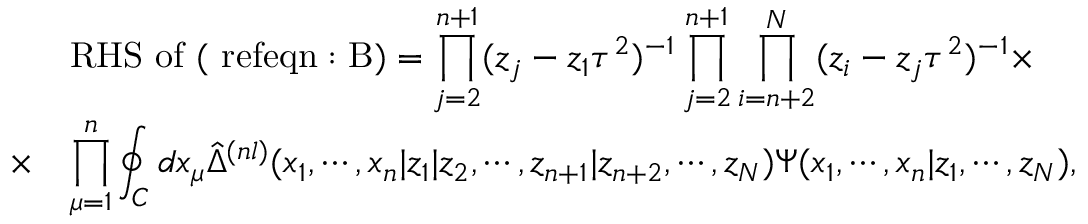
\begin{array} { r l } { { } } & { { \mathrm { R H S ~ o f ~ ( \ r e f { e q n : B } ) } = \displaystyle \prod _ { j = 2 } ^ { n + 1 } ( z _ { j } - z _ { 1 } \tau ^ { 2 } ) ^ { - 1 } \displaystyle \prod _ { j = 2 } ^ { n + 1 } \displaystyle \prod _ { i = n + 2 } ^ { N } ( z _ { i } - z _ { j } \tau ^ { 2 } ) ^ { - 1 } \times } } \\ { { \times } } & { { \displaystyle \prod _ { \mu = 1 } ^ { n } \displaystyle \oint _ { C } d x _ { \mu } \hat { \Delta } ^ { ( n l ) } ( x _ { 1 } , \cdots , x _ { n } | z _ { 1 } | z _ { 2 } , \cdots , z _ { n + 1 } | z _ { n + 2 } , \cdots , z _ { N } ) \Psi ( x _ { 1 } , \cdots , x _ { n } | z _ { 1 } , \cdots , z _ { N } ) , } } \end{array}